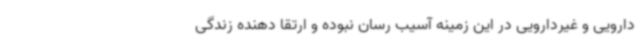
دارویی و غیردارویی در این زمینه آسیب رسان نبوده و ارتقا دهنده زندگی